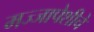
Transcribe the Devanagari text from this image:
मज्जापेशीचे